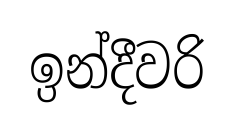
ඉන්දීවරි